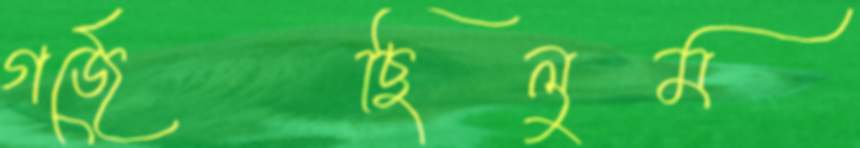
গর্জেছিলুম